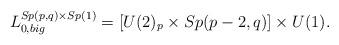
LaTeX: \begin{align*} L_{0,big}^{Sp(p,q)\times Sp(1)} = [U(2)_p\times Sp(p-2,q)] \times U(1).\end{align*}